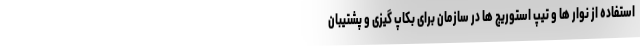
استفاده از نوار ها و تیپ استوریج ها در سازمان برای بکاپ گیزی و پشتیبان